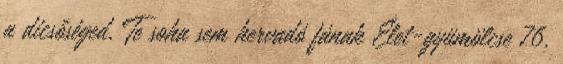
a dicsőséged, Te soha sem hervadó fának Élet-gyümölcse 76.